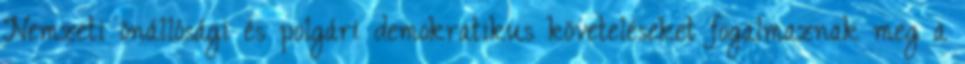
Nemzeti önállósági és polgári demokratikus követeléseket fogalmaznak meg a